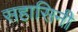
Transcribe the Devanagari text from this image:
सहासिनी